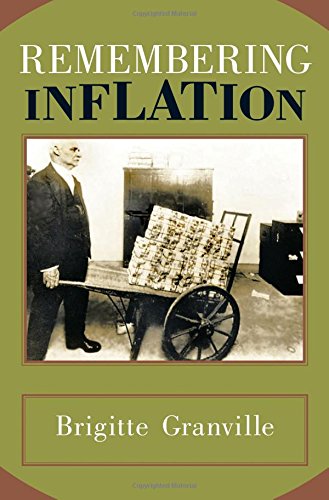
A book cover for Remembering Inflation; Brigitte Granville; Business & Money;